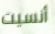
أنسيت